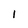
Character: I